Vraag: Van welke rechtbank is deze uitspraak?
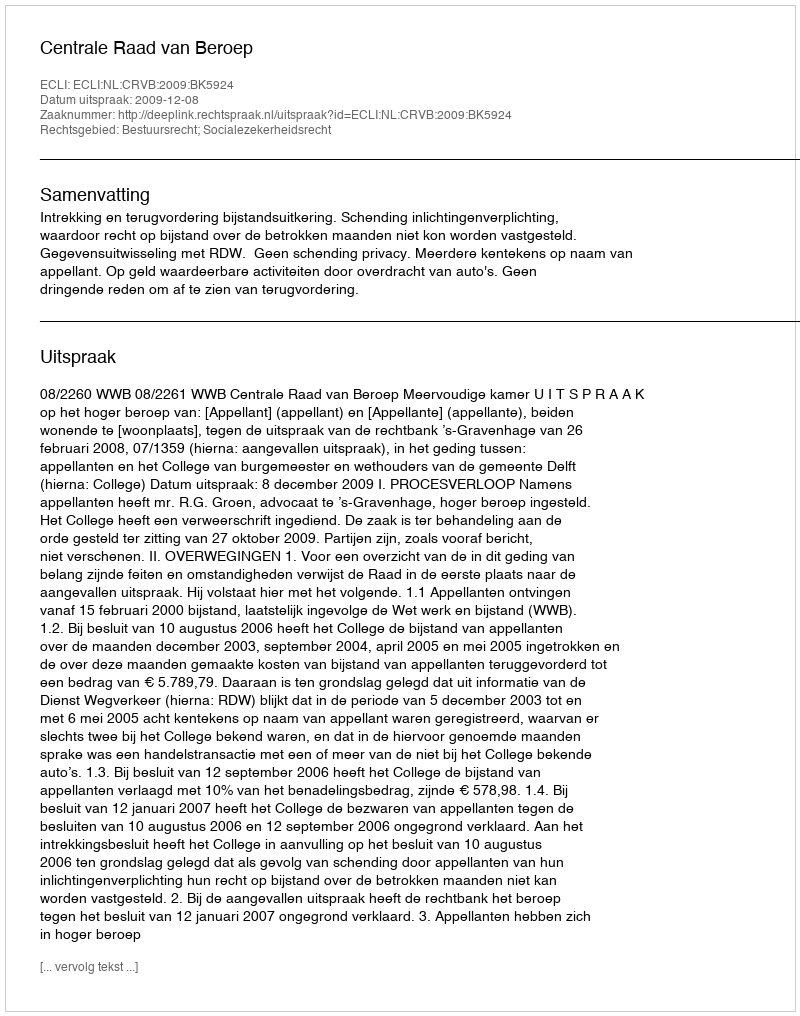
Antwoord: Centrale Raad van Beroep